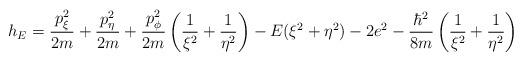
LaTeX: \begin{align*}h_E = \frac{p^2_{\xi}}{2m} +\frac{p^2_\eta}{2m}+\frac{p^2_{\phi}}{2m} \left(\frac{1}{\xi^2} + \frac{1}{\eta^2}\right) - E(\xi^2 + \eta ^2) - 2e^2 -\frac{\hbar^2}{8m} \left(\frac{1}{\xi^2} +\frac{1}{\eta^2} \right) \end{align*}